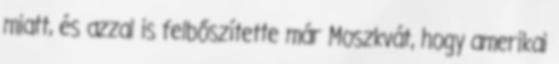
miatt, és azzal is felbőszítette már Moszkvát, hogy amerikai